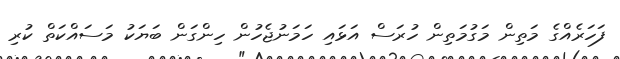
ފަހަރެއްގެ މަތިން މަގުމަތިން ހުރަސް އަޅައި ހަމަނުޖެހުން ހިންގަން ބަޔަކު މަސައްކަތް ކުރި